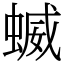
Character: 蝛